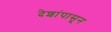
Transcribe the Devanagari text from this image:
देशांपासून